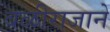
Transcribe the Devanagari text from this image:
बळीराजाने